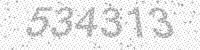
Solution: 534313